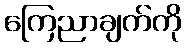
ကြေညာချက်ကို